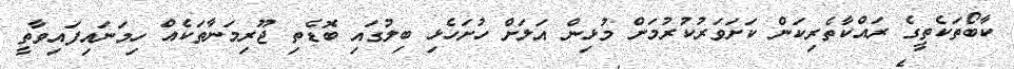
ކާބޯތަކެތީގެ ރައްކާތެރިކަން ކަށަވަރުކުރުމަށް މުޅިން އަލަށް ހުށަހެޅި ބިލުގައި ބޮޑެތި ޖޫރިމަނާތަކެއް ހިމަނައިފައިވާތީ